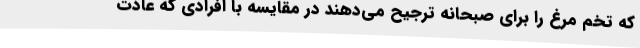
که تخم مرغ را برای صبحانه ترجیح می‌دهند در مقایسه با افرادی که عادت